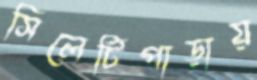
সিলেটিপাড়ায়